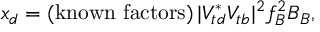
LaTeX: x _ { d } = ( \mathrm { k n o w n ~ f a c t o r s } ) \, | V _ { t d } ^ { * } V _ { t b } | ^ { 2 } f _ { B } ^ { 2 } B _ { B } ,